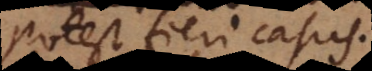
potest fieri casus.